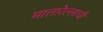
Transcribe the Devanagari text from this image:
मात्तारेल्लाची